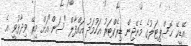
އޭޑީކޭ ހޮސްޕިޓަލުގެ މެނޭޖިން ޑިރެކްޓަރު އަހުމަދު އައްފާލް "ސަން"އަށް މިރޭ ވިދާޅުވީ އެ